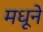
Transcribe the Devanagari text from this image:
मधूने